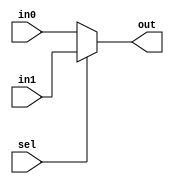
module mux(out,sel,in0,in1);
output [31:0]out;
reg [31:0] out;
input [31:0] in1,in0;
input sel;

always @(sel or in0 or in1)
//if any of the sel or in0or in1 changes even by a single bit,as we are giving the whole vector inside the sensitivity list,the always block reacts and output changes

begin
out <= sel?in1:in0;
end

endmodule